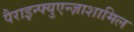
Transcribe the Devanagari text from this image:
पैराइन्फ्युएन्ज़ाशामिल